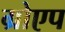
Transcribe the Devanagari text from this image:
ग्रोएप